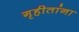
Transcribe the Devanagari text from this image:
गृहीतांना